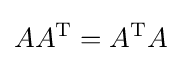
AA^{\mathrm {T} }=A^{\mathrm {T} }A